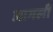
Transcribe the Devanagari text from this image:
आगली